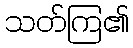
သတ်ကြ၏